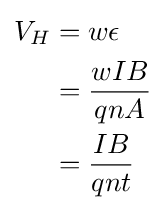
{\begin{aligned}V_{H}&=w\epsilon \\&={\frac {wIB}{qnA}}\\&={\frac {IB}{qnt}}\end{aligned}}